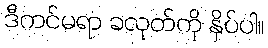
ဒီကင်မရာ ခလုတ်ကို နှိပ်ပါ။